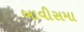
બાવીસમા